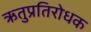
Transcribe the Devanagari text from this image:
ऋतुप्रतिरोधक